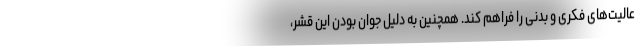
عالیت‌های فکری و بدنی را فراهم کند. همچنین به دلیل جوان بودن این قشر،